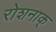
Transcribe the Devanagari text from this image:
रोशनाक्‌